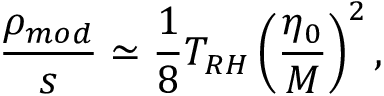
\frac { \rho _ { m o d } } { s } \simeq \frac { 1 } { 8 } T _ { R H } \left( \frac { \eta _ { 0 } } { M } \right) ^ { 2 } ,